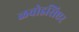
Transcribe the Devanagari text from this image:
ळवोइसिएर